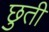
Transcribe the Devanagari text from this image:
छुती